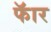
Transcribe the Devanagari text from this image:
फॅार